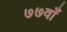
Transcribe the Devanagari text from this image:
७७वाँ